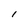
Character: I